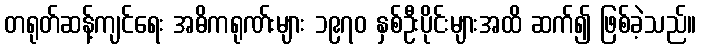
တရုတ်ဆန့်ကျင်ရေး အဓိကရုဏ်းများ ၁၉၇၀ နှစ်ဦးပိုင်းများအထိ ဆက်၍ ဖြစ်ခဲ့သည်။